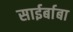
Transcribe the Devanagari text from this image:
साईर्बाबा